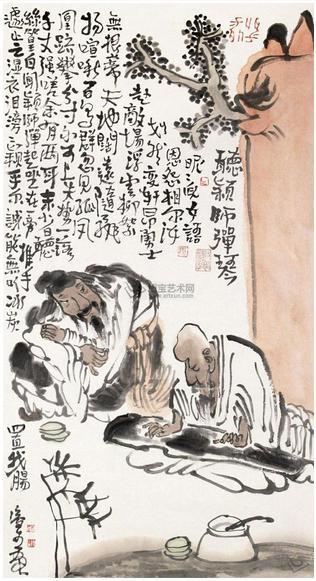
自闻颖师弹，起坐在一旁。